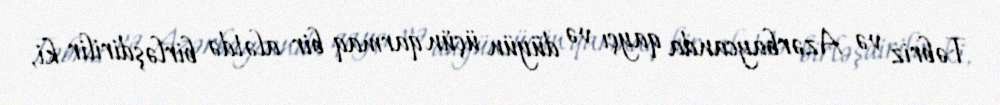
Təbriz və Azərbaycanda qayçı və düyün üçün qarmaq bir alətdə birləşdirilir ki,